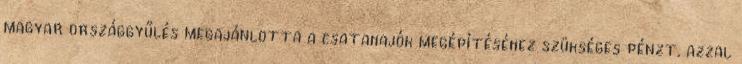
magyar országgyűlés megajánlotta a csatahajók megépítéséhez szükséges pénzt, azzal